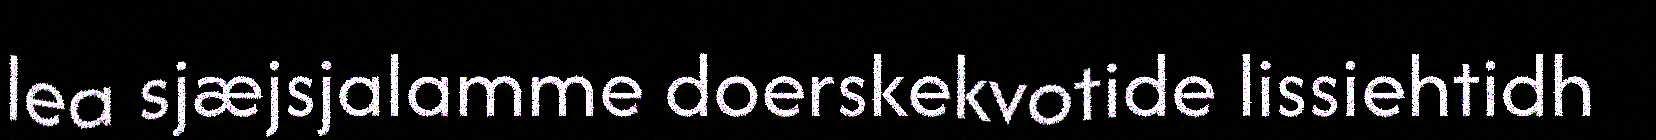
lea sjæjsjalamme doerskekvotide lissiehtidh